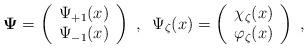
LaTeX: \begin{align*}\mbox{\boldmath$\Psi$\unboldmath}=\left( \begin{array}{c}\Psi _{+1}(x) \\ \Psi _{-1}(x)\end{array}\right) \;,\;\;\Psi _{\zeta }(x)=\left( \begin{array}{c}\chi _{\zeta }(x) \\ \varphi _{\zeta }(x)\end{array}\right) \;, \end{align*}